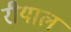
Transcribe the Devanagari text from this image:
रीयाल